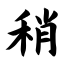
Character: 稍